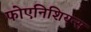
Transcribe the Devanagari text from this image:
फोएनिशियन्स